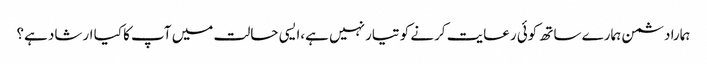
ہمارا دشمن ہمارے ساتھ کوئی رعایت کرنے کو تیار نہیں ہے،ایسی حالت میں آپ کا کیا ارشاد ہے؟